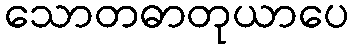
သောတဓာတုယာပေ